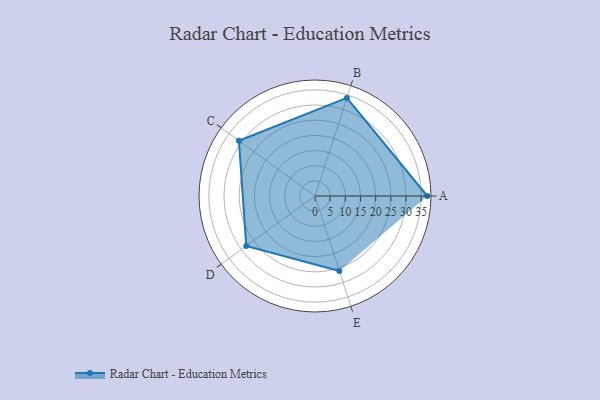
{"axis": {"x": "Skill", "y": "Score"}, "legend": ["Profile"], "data": [{"x": "A", "y": 37.0, "type": "Profile"}, {"x": "B", "y": 34.0, "type": "Profile"}, {"x": "C", "y": 31.0, "type": "Profile"}, {"x": "D", "y": 28.0, "type": "Profile"}, {"x": "E", "y": 26.0, "type": "Profile"}]}